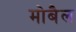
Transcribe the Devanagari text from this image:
मोबैल